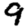
Digit: 9